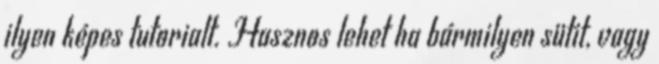
ilyen képes tutorialt. Hasznos lehet ha bármilyen sütit, vagy